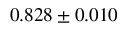
0 . 8 2 8 \pm 0 . 0 1 0